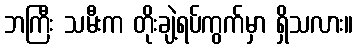
ဘကြီး သမီးက တိုးချဲ့ရပ်ကွက်မှာ ရှိသလား။